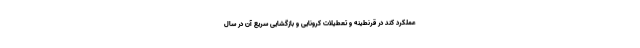
عملکرد کُند در قرنطینه و تعطیلات کرونایی و بازگشایی سریع آن در سال